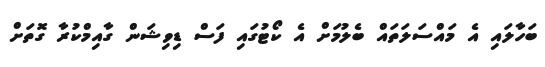
ބަހާލައި އެ މައްސަލަތައް ބެލުމަށް އެ ކޯޓުގައި ފަސް ޑިވިޝަން ގާއިމްކުރާ ގޮތަށް